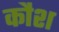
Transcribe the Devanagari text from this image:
कौश